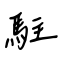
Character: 駐